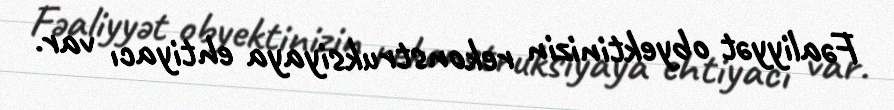
Fəaliyyət obyektinizin rekonstruksiyaya ehtiyacı var.